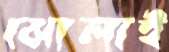
ঝোলাই